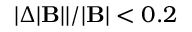
| \Delta | \mathbf { B } | | / | \mathbf { B } | < 0 . 2